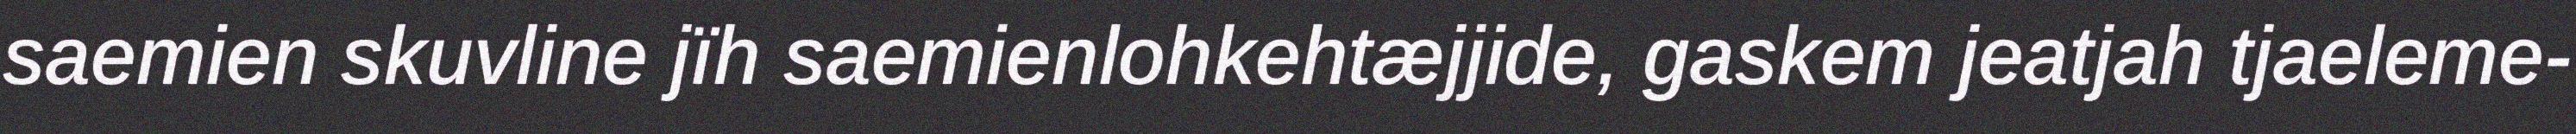
saemien skuvline jïh saemienlohkehtæjjide, gaskem jeatjah tjaeleme-